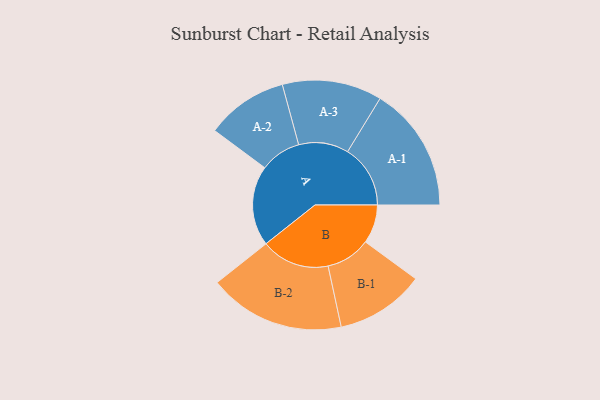
{"axis": {"x": "Segment", "y": "Value"}, "legend": ["", "A", "B"], "data": [{"x": "A", "y": 331, "type": ""}, {"x": "B", "y": 160, "type": ""}, {"x": "A-1", "y": 259, "type": "A"}, {"x": "A-2", "y": 169, "type": "A"}, {"x": "A-3", "y": 206, "type": "A"}, {"x": "B-1", "y": 184, "type": "B"}, {"x": "B-2", "y": 282, "type": "B"}]}